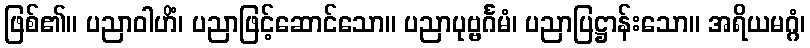
ဖြစ်၏။ ပညာဝါဟိံ၊ ပညာဖြင့်ဆောင်သော။ ပညာပုဗ္ဗင်္ဂမံ၊ ပညာပြဋ္ဌာန်းသော။ အရိယမဂ္ဂံ၊